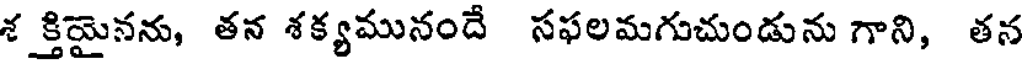
శ క్తిమైనను, తన శక్యమునందే సఫలమగుచుండును గాని, తన